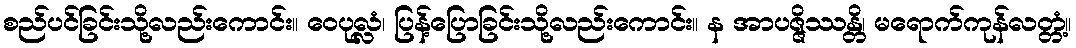
စည်ပင်ခြင်းသို့လည်းကောင်း။ ဝေပုလ္လံ၊ ပြန့်ပြောခြင်းသို့လည်းကောင်း။ န အာပဇ္ဇိဿန္တိ၊ မရောက်ကုန်လတ္တံ့။